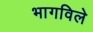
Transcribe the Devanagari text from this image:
भागविले